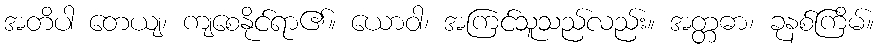
အတိပါ တေယျ၊ ကျစေနိုင်ရာ၏။ ယောဝါ၊ အကြင်သူသည်လည်း။ အတ္တဓာ၊ ခုနစ်ကြိမ်။